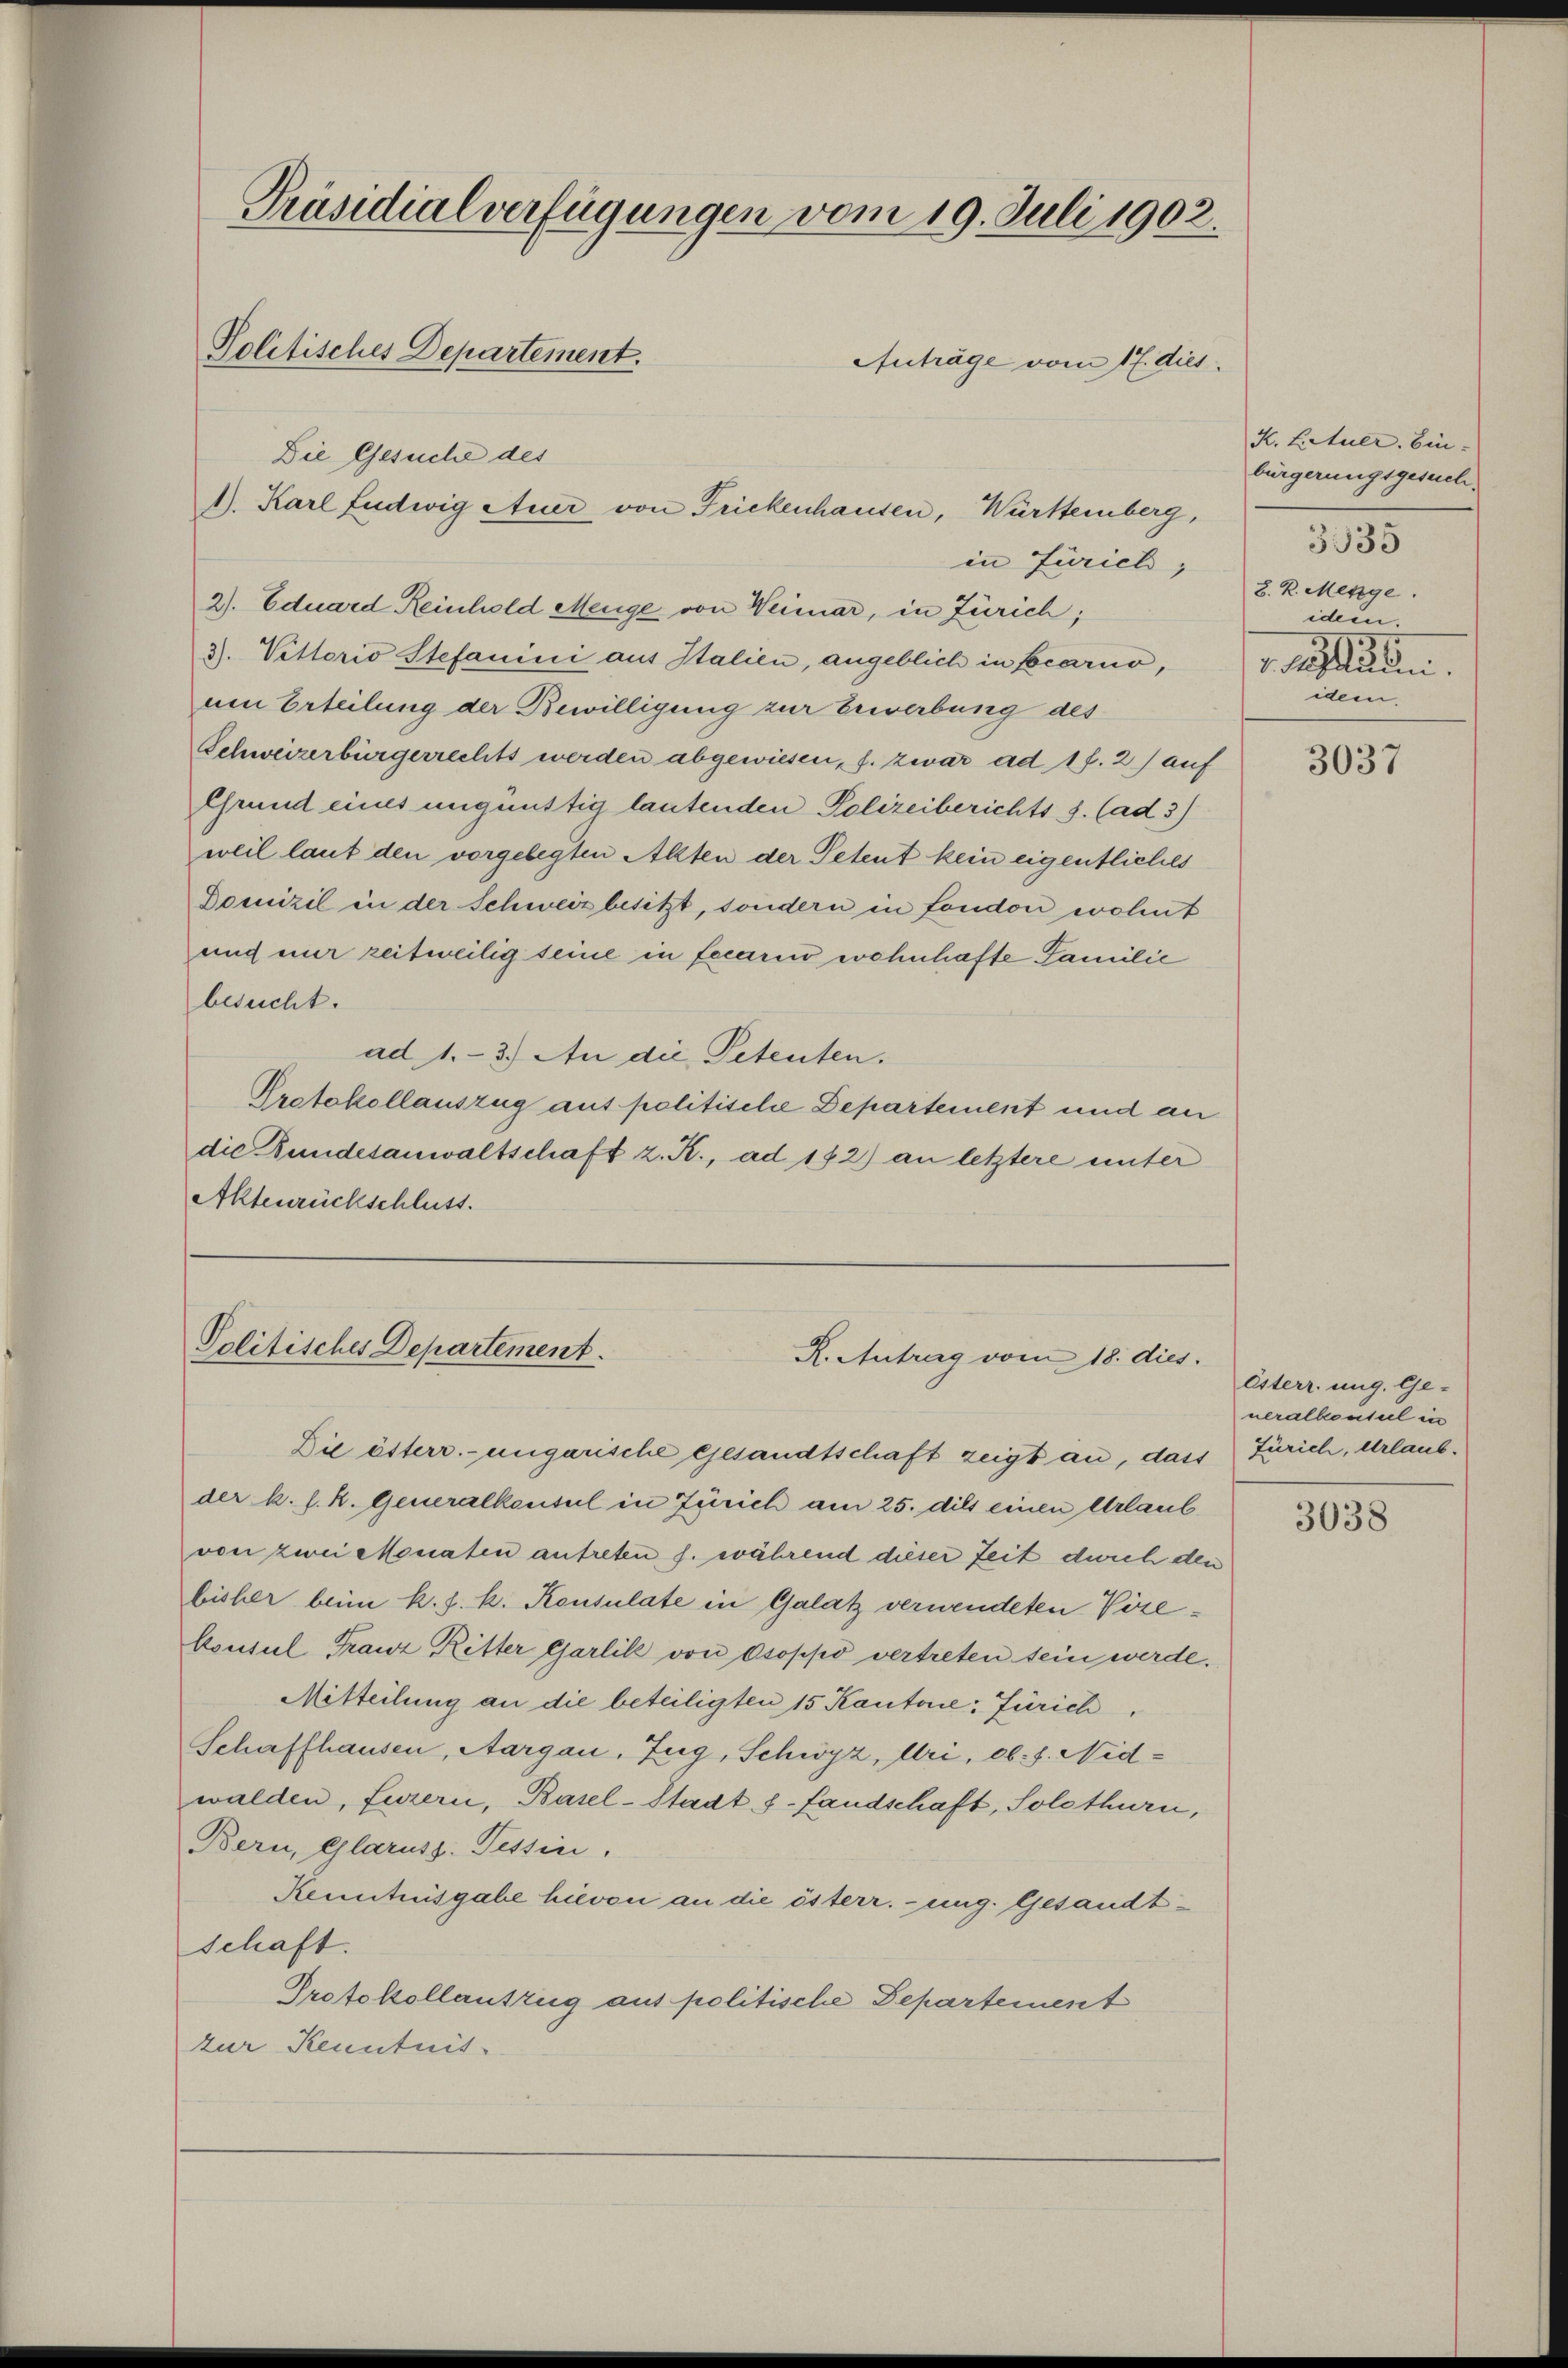
Präsidialverfügungen vom 19. Juli 1902.
Politisches Departement.
Auträge vom 17. dies

1). Karl Ludwig Auer von Frickenhausen, Württemberg,
in Zürich,

Die Gesuche des

2). Eduard Reinhold Menge von Weimar, in Zürich;
3). Vettorio Stefanini aus Italien, angeblich in Bocarno,
um Erteilung der Bewilligung zur bewerbung des
Schweizerbürgerrechts werden abgewiesen, s. zwar ad 1 f. 2) auf
Grund eines ungünstig lautenden Polizeiberichts J. (ad 3)
weil laut den vorgelegten Akten der Petent kein eigentliches
Domizil in der Schweiz besitzt, sondern in fondon wohnt
ung nur zeitweilig seine in fecario wohnhafte Familie
besucht.
ad 1.- 3.) An die Petenten.
Protokollauszug aus politische Departement und an
die Bundesanwaltschaft z. K., ad 172) an letztere unter
Aktenrückschluss.

Die österr. ungarische Gesandtschaft zeigt an, dass Zürich, Urlaubder k. k. k. Generalkonsul in Zürich am 25. dies einen Urlaub
von zwei Monaten antreten s. während dieser Zeit durch den
bisher beim k. J. k. Konsulate in Galatz vernendeten Verekonsul Franz Ritter Garlill von Osoppo vertreten sein werde.
Mitteilung an die beteiligten 15 Kantone: Zürich,
Schaffhausen, Aargau, Zug, Schwyz, Uri, ob. f. Nidwalden, Luzern, Basel-Stadt - fandschaft, Solothurn,
Bern, Glarus. Tessin,
Kenntnisgabe hievon an die österr. ung. Gesandtschaft.
Protokollantzug aus politische Departement
zur Kenntnis

Politisches Departement.
R. Antrag vom 18. dies.

K. Lituer bin.
bürgerungsgesuch.
3935
8. k. Menge.
idem.
laden
idem.

3037

Esterr. ung. Ge-
neralkonsul in

3038